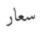
سعار